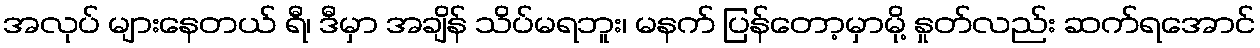
အလုပ် များနေတယ် ရီ၊ ဒီမှာ အချိန် သိပ်မရဘူး၊ မနက် ပြန်တော့မှာမို့ နှုတ်လည်း ဆက်ရအောင်